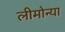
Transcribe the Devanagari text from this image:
लीमोन्या